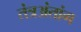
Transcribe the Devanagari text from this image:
तंत्रअंतांग